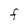
Character: F